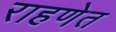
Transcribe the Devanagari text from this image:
राहणेत